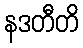
နဒတီတိ